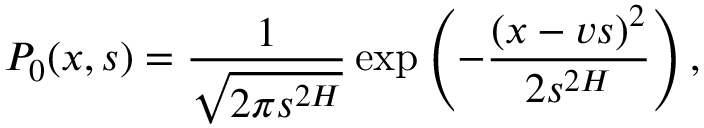
P _ { 0 } ( x , s ) = \frac { 1 } { \sqrt { 2 \pi s ^ { 2 H } } } \exp \left( - \frac { ( x - v s ) ^ { 2 } } { 2 s ^ { 2 H } } \right) ,